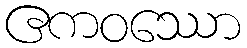
ဧကဝဿော